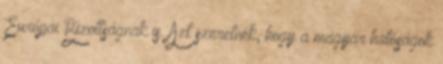
Európai Bizottságnak is. Azt szeretnék, hogy a magyar hatóságok